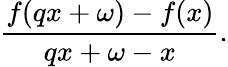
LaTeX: {\frac{f(qx+\omega)-f(x)}{qx+\omega-x}}.